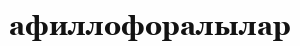
афиллофоралылар